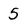
Character: 5